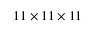
1 1 \times 1 1 \times 1 1